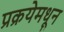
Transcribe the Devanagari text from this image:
प्रक्रयेमधून